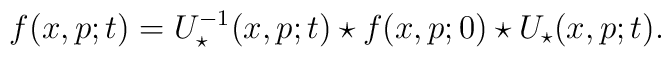
f(x,p;t)=U_{\star}^{-1} (x,p;t) \star f(x,p;0)\star U_{\star}(x,p;t) .